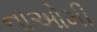
નાઓમી